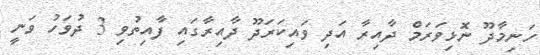
ހަނިމާދޫ ނޮޅިވަރަމް ދާއިރާ އަދި ވައިކަރަދޫ ދާއިރާގައި ފާއިތުވި 3 ދުވަހު ވަނީ